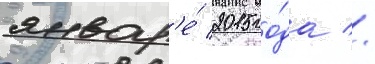
январ'е́ 2015 го́да //